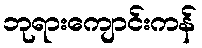
ဘုရားကျောင်းကန်